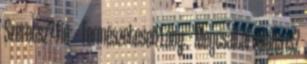
Szeretsz? Fiú: – Természetesen Lány: – Megcsaltál valaha is?